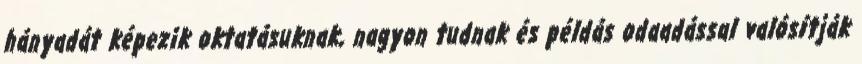
hányadát képezik oktatásuknak, nagyon tudnak és példás odaadással valósítják